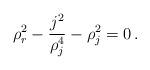
LaTeX: \begin{align*} \rho_r^2-\frac{j^2}{\rho_j^4}-\rho_j^2 =0 \,.\end{align*}